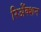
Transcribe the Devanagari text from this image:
रिॲेक्शन